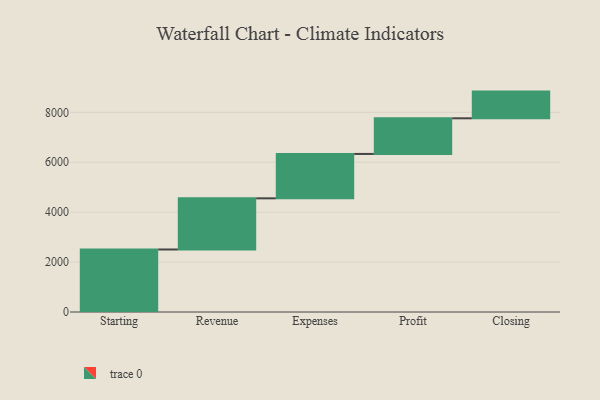
{"axis": {"x": "Step", "y": "Value"}, "legend": [""], "data": [{"x": "Starting", "y": 2505.0, "type": ""}, {"x": "Revenue", "y": 2050.0, "type": ""}, {"x": "Expenses", "y": 1779.0, "type": ""}, {"x": "Profit", "y": 1428.0, "type": ""}, {"x": "Closing", "y": 1070.0, "type": ""}]}